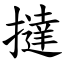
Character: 撻